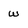
Character: w